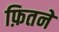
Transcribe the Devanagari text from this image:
फ़ितने